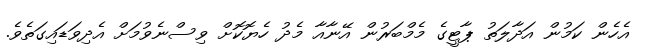
އެހެން ކަމުން އަދާލަތު ޕާޓީގެ މެމްބަރުން އޭނާއާ މެދު ހެޔޮކޮށް ވިސްނެވުމަށް އެދިވަޑައިގަތެވެ.